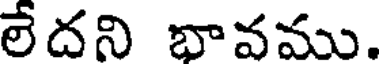
లేదని భావము.